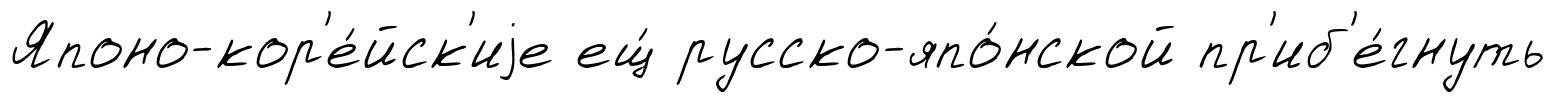
Японо-кор'е́йск'иjе ещ́ русско-япо́нской пр'иб'е́гнуть